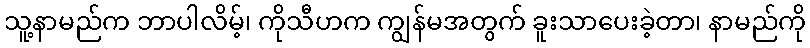
သူ့နာမည်က ဘာပါလိမ့်၊ ကိုသီဟက ကျွန်မအတွက် ခူးသာပေးခဲ့တာ၊ နာမည်ကို